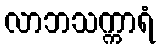
လာဘသက္ကာရံ